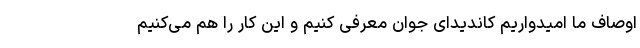
اوصاف ما امیدواریم کاندیدای جوان معرفی کنیم و این کار را هم می‌کنیم